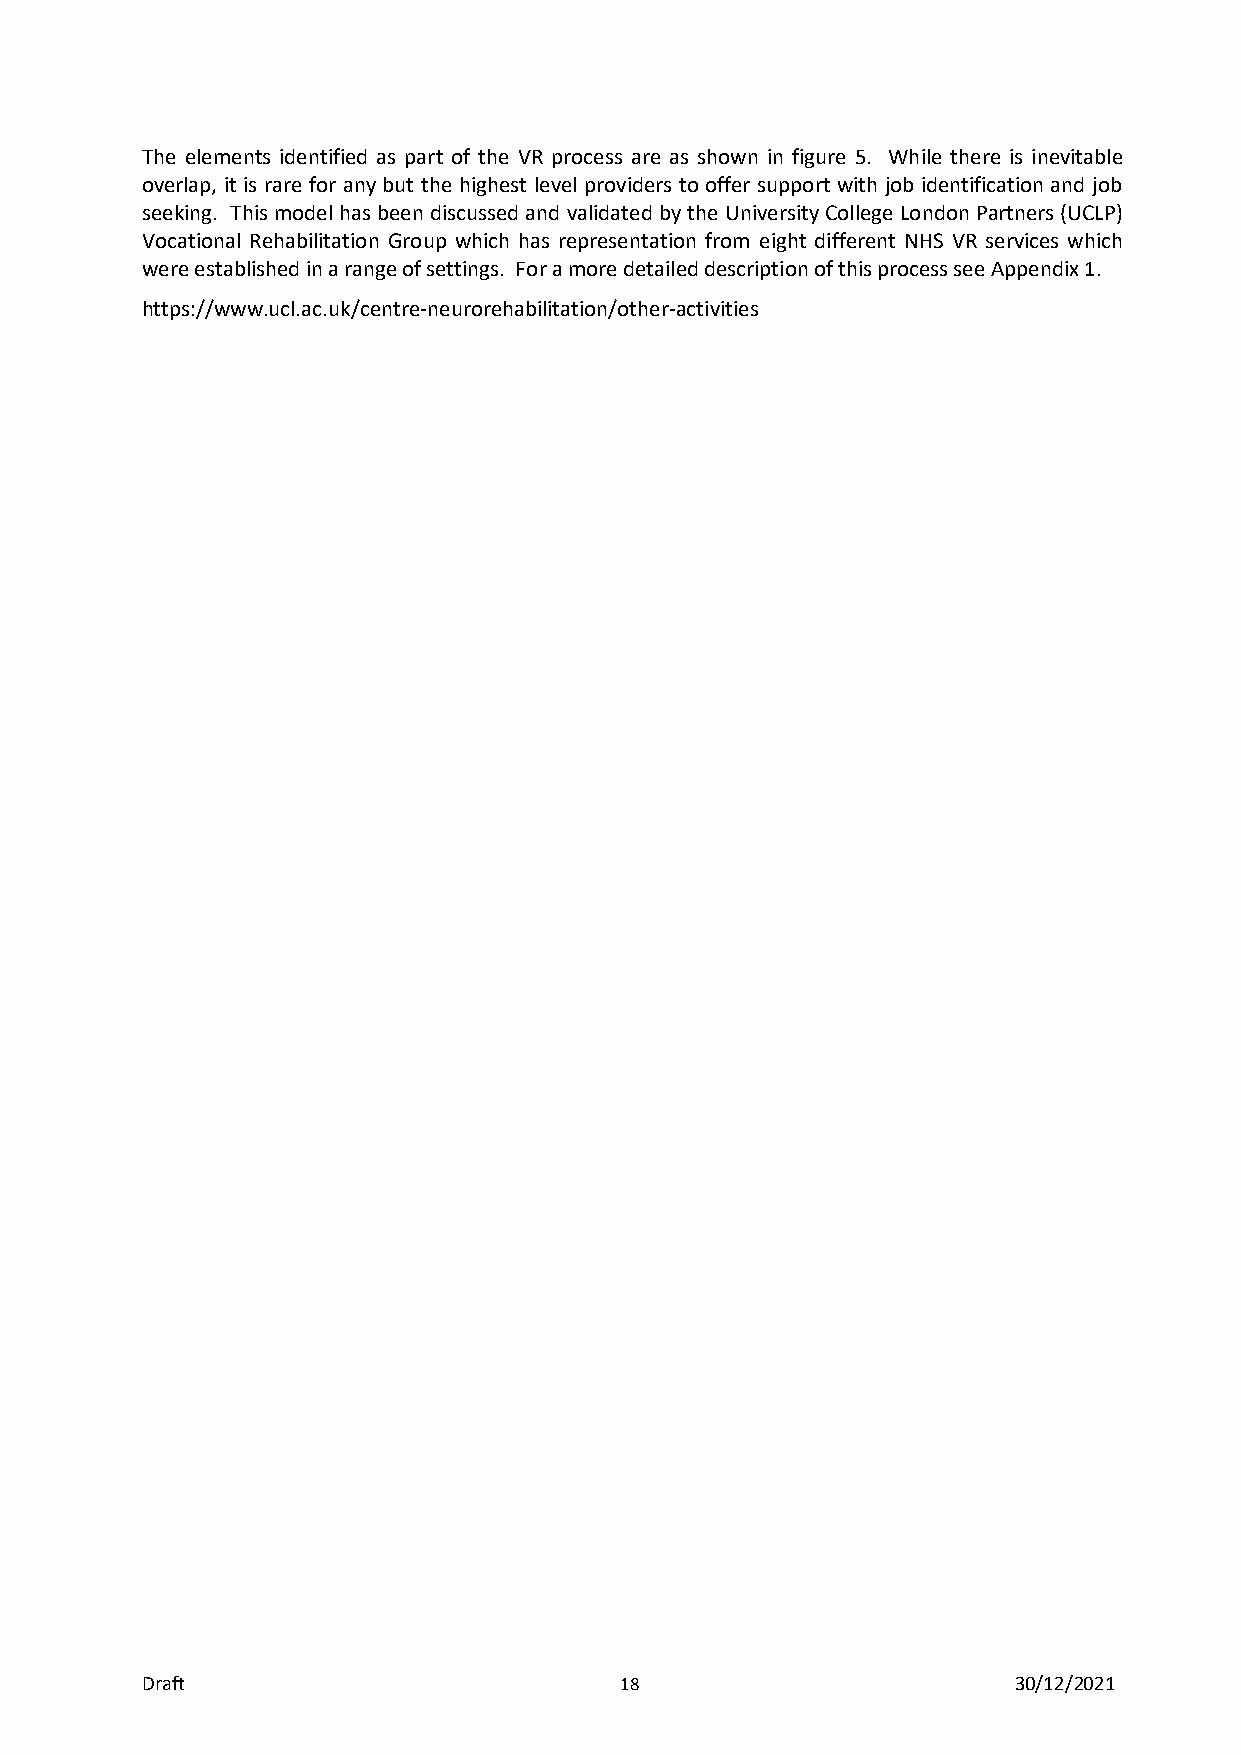
The elements identified as part of the VR process are as shown in figure 5. While there is inevitable
 overlap, it is rare for any but the highest level providers to offer support with job identification and job
 seeking. This model has been discussed and validated by the University College London Partners (UCLP)
 Vocational Rehabilitation Group which has representation from eight different NHS VR services which
 were established in a range of settings. For a more detailed description of this process see Appendix 1.
 https://www.ucl.ac.uk/centre-neurorehabilitation/other-activities
 Draft                           18                        30/12/2021